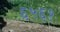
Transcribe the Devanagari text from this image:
६५६१